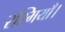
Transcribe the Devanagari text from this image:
रश्मियाँ।